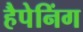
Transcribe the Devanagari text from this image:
हैपेनिंग